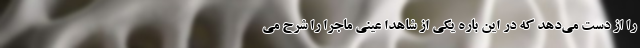
را از دست می‌دهد که در این باره یکی از شاهدا عینی ماجرا را شرح می